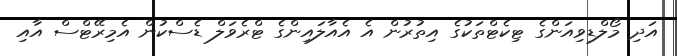
އަދި މޯލްޑިވިއަންގެ ޓިކެޓްތަކުގެ އިތުރުން އެ އެއާލައިންގެ ޓްރެވަލް ޑެސްކުން އެމިރޭޓްސް އާއި